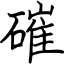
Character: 磪